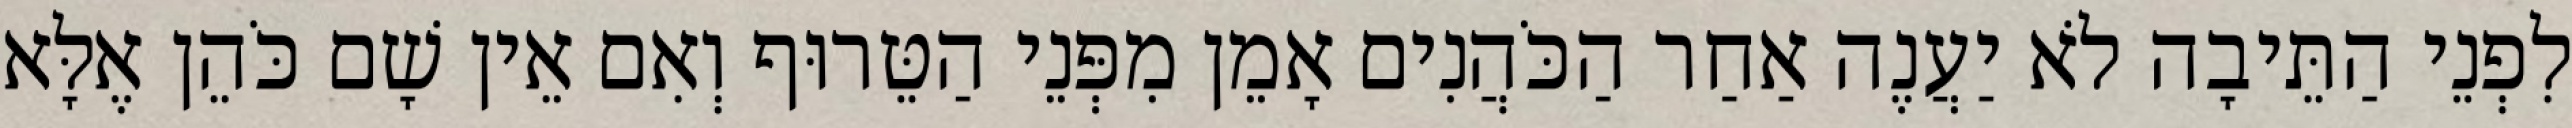
לִפְנֵי הַתֵּיבָה לֹא יַעֲנֶה אַחַר הַכֹּהֲנִים אָמֵן מִפְּנֵי הַטֵּרוּף וְאִם אֵין שָׁם כֹּהֵן אֶלָּא